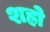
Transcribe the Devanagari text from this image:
शह्रो